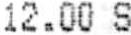
12.00 S